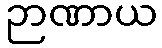
ဉာဏာယ